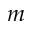
m